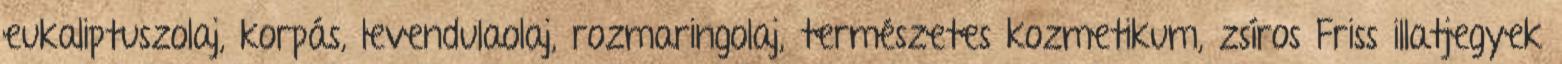
eukaliptuszolaj, korpás, levendulaolaj, rozmaringolaj, természetes kozmetikum, zsíros Friss illatjegyek